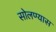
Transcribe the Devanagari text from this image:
सोलण्यास